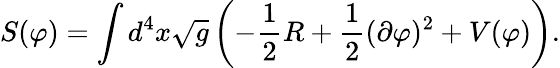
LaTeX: S(\varphi)=\int d^{4}x\sqrt{g}\left(-{\frac{1}{2}}R+{\frac{1}{2}}(\partial\varphi)^{2}+V(\varphi)\right).